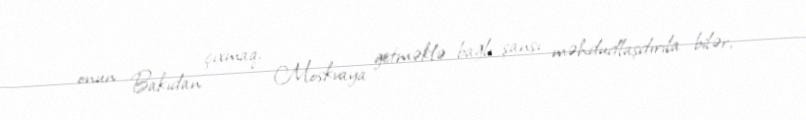
onun Bakıdan çıxmaq, Moskvaya getməklə bağlı şansı məhdudlaşdırıla bilər,